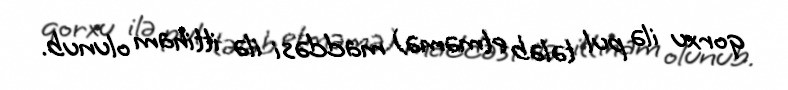
qorxu ilə pul tələb etməmə) maddəsi ilə ittiham olunub.